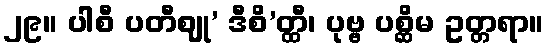
၂၉။ ပါစီ ပတီဈု’ ဒီစိ’တ္ထီ၊ ပုဗ္ဗ ပစ္ဆိမ ဥတ္တရာ။